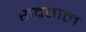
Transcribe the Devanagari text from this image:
रुद्रताल